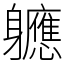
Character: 軈